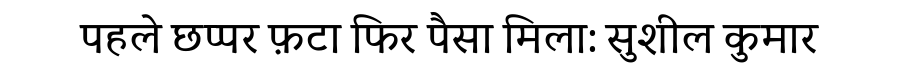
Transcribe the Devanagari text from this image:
पहले छप्पर फ़टा फिर पैसा मिला: सुशील कुमार